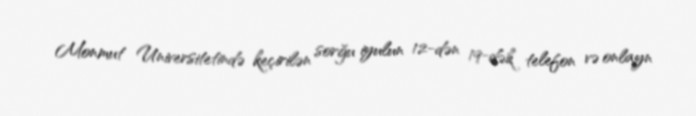
Monmut Universitetində keçirilən sorğu iyulun 12-dən 19-dək telefon və onlayn